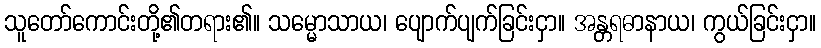
သူတော်ကောင်းတို့၏တရား၏။ သမ္မောသာယ၊ ပျောက်ပျက်ခြင်းငှာ။ အန္တရဓာနာယ၊ ကွယ်ခြင်းငှာ။